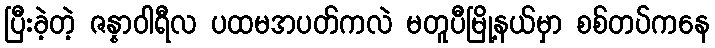
ပြီးခဲ့တဲ့ ဇန္နာဝါရီလ ပထမအပတ်ကလဲ မတူပီမြို့နယ်မှာ စစ်တပ်ကနေ